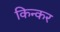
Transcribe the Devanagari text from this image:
किन्कर